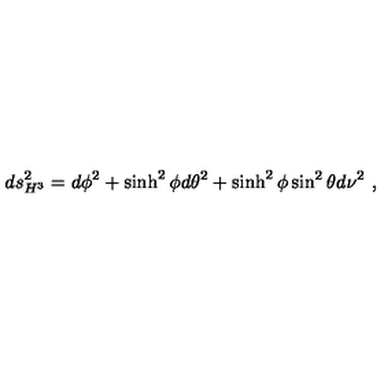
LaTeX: d s _ { H ^ { 3 } } ^ { 2 } = d \phi ^ { 2 } + \sinh ^ { 2 } \phi d \theta ^ { 2 } + \sinh ^ { 2 } \phi \sin ^ { 2 } \theta d \nu ^ { 2 } \ ,